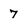
Character: 7